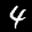
Label: 4